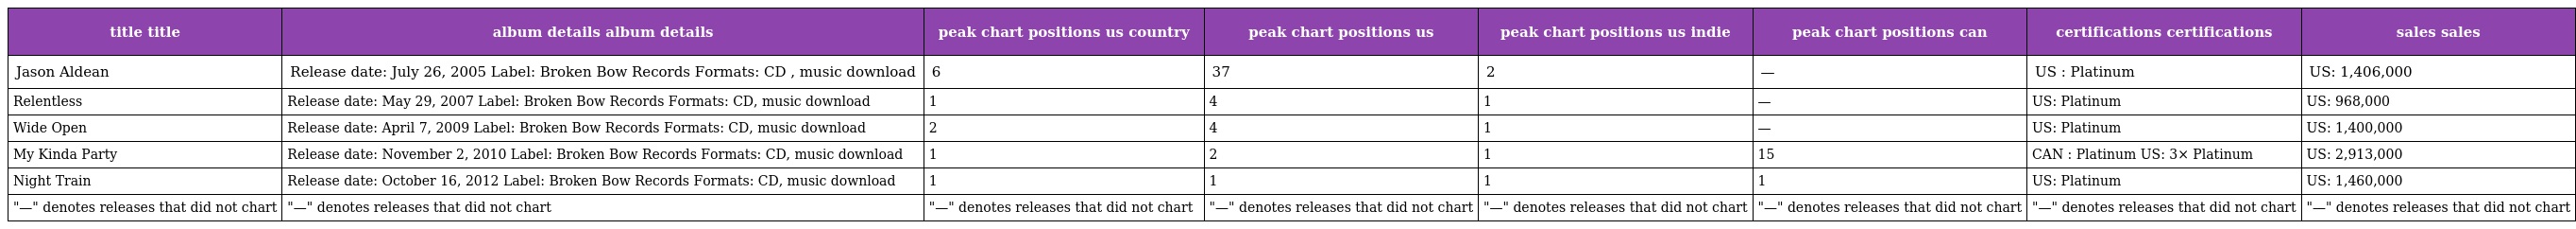
| title title | album details album details | peak chart positions us country | peak chart positions us | peak chart positions us indie | peak chart positions can | certifications certifications | sales sales |
 | --- | --- | --- | --- | --- | --- | --- | --- |
 | Jason Aldean | Release date: July 26, 2005 Label: Broken Bow Records Formats: CD , music download | 6 | 37 | 2 | — | US : Platinum | US: 1,406,000 |
 | Relentless | Release date: May 29, 2007 Label: Broken Bow Records Formats: CD, music download | 1 | 4 | 1 | — | US: Platinum | US: 968,000 |
 | Wide Open | Release date: April 7, 2009 Label: Broken Bow Records Formats: CD, music download | 2 | 4 | 1 | — | US: Platinum | US: 1,400,000 |
 | My Kinda Party | Release date: November 2, 2010 Label: Broken Bow Records Formats: CD, music download | 1 | 2 | 1 | 15 | CAN : Platinum US: 3× Platinum | US: 2,913,000 |
 | Night Train | Release date: October 16, 2012 Label: Broken Bow Records Formats: CD, music download | 1 | 1 | 1 | 1 | US: Platinum | US: 1,460,000 |
 | "—" denotes releases that did not chart | "—" denotes releases that did not chart | "—" denotes releases that did not chart | "—" denotes releases that did not chart | "—" denotes releases that did not chart | "—" denotes releases that did not chart | "—" denotes releases that did not chart | "—" denotes releases that did not chart |